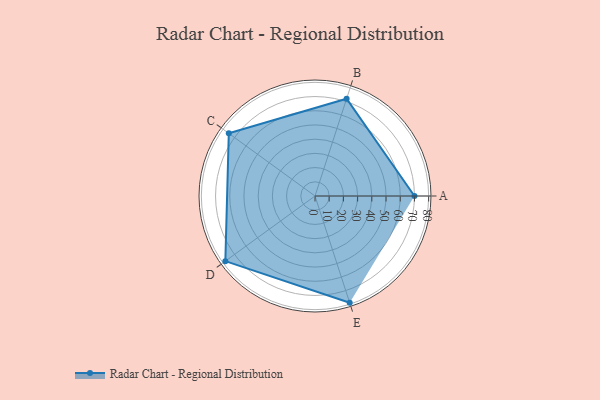
{"axis": {"x": "Skill", "y": "Score"}, "legend": ["Profile"], "data": [{"x": "A", "y": 70.0, "type": "Profile"}, {"x": "B", "y": 72.0, "type": "Profile"}, {"x": "C", "y": 75.0, "type": "Profile"}, {"x": "D", "y": 78.0, "type": "Profile"}, {"x": "E", "y": 79.0, "type": "Profile"}]}